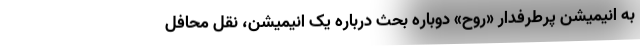
به انیمیشن پرطرفدار «روح» دوباره بحث درباره یک انیمیشن، نقل محافل